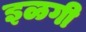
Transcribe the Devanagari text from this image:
इळगी